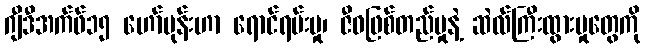
ဂျီဒီအက်ဖ်၁၅ ဟော်မုန်းဟာ ရောင်ရမ်းမှု၊ ဇီဝဖြစ်တည်မှုနဲ့ ဆဲလ်ကြီးထွားမှုတွေကို